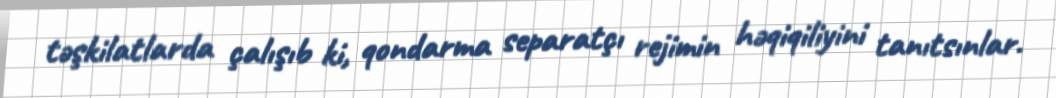
təşkilatlarda çalışıb ki, qondarma separatçı rejimin həqiqiliyini tanıtsınlar.